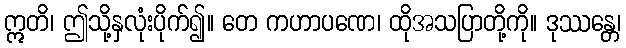
ဣတိ၊ ဤသို့နှလုံးပိုက်၍။ တေ ကဟာပဏေ၊ ထိုအသပြာတို့ကို။ ဒုဿန္တေ၊